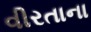
વીરતાના